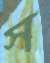
স